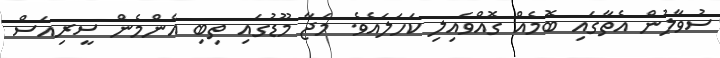
ސުވާލުން އެތާގައި ބޮމެއް ގޮއްވައިލި ކަހަލައެވެ. މަޖާ މޫޑުގައި ތިބި އެންމެން ސީރިއަސް